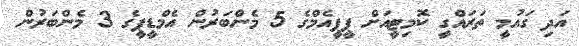
އަދި ގައުމީ ތަރައްގީ ކޮމިޓީއަށް ޕީޕީއެމްގެ 5 މެންބަރުން އެމްޑީޕީގެ 3 މެންބަރުން